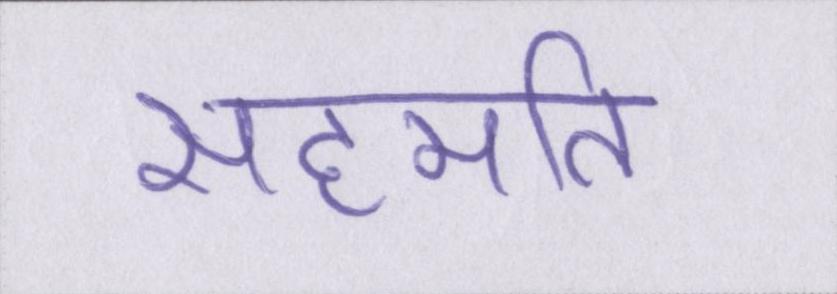
सहमति